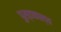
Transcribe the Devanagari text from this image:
पुस्तकाल्य